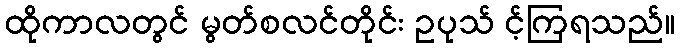
ထိုကာလတွင် မွတ်စလင်တိုင်း ဥပုသ် င့်ကြရသည်။